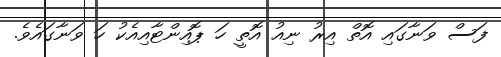
ފަސް ވަނާގައި އޮތް އިރު ނިއު އޮތީ ހަ ޕޮއިންޓާއިއެކު ހަ ވަނާގައެވެ.